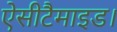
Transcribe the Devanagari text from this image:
ऐसीटैमाइड।